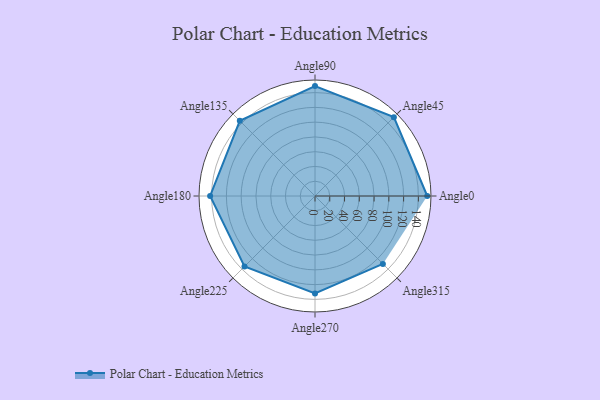
{"axis": {"x": "Angle", "y": "Radius"}, "legend": [""], "data": [{"x": "Angle0", "y": 152.0, "type": ""}, {"x": "Angle45", "y": 151.0, "type": ""}, {"x": "Angle90", "y": 149.0, "type": ""}, {"x": "Angle135", "y": 144.0, "type": ""}, {"x": "Angle180", "y": 142.0, "type": ""}, {"x": "Angle225", "y": 135.0, "type": ""}, {"x": "Angle270", "y": 132.0, "type": ""}, {"x": "Angle315", "y": 130.0, "type": ""}]}